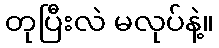
တုပြီးလဲ မလုပ်နဲ့။